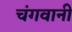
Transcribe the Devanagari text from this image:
चंगवानी